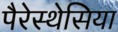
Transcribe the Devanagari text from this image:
पैरेस्थेसिया